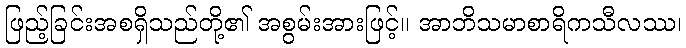
ဖြည့်ခြင်းအစရှိသည်တို့၏ အစွမ်းအားဖြင့်။ အာဘိသမာစာရိကသီလဿ၊